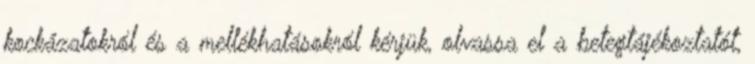
kockázatokról és a mellékhatásokról kérjük, olvassa el a betegtájékoztatót,